Civil Veterinary Department. United Provinces 1912-22 - 1912-1922
Year: 1912
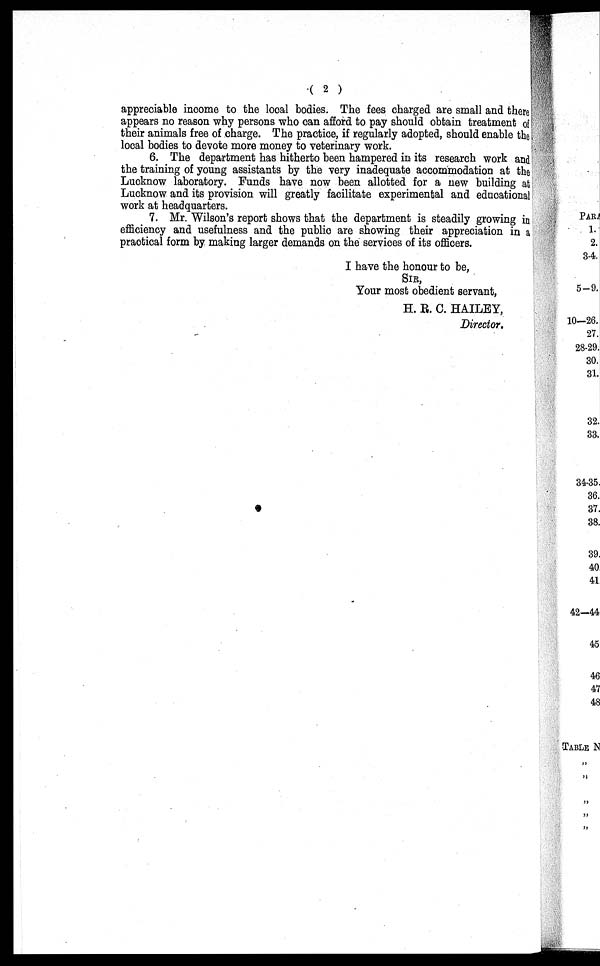
( 2 )
appreciable income to the local bodies. The fees charged are small and there
appears no reason why persons who can afford to pay should obtain treatment of
their animals free of charge. The practice, if regularly adopted, should enable the
local bodies to devote more money to veterinary work.
6. The department has hitherto been hampered in its research work and
the training of young assistants by the very inadequate accommodation at the
Lucknow laboratory. Funds have now been allotted for a new building at
Lucknow and its provision will greatly facilitate experimental and educational
work at headquarters.
7. Mr. Wilson's report shows that the department is steadily growing in
efficiency and usefulness and the public are showing their appreciation in a
practical form by making larger demands on the services of its officers.
I have the honour to be,
SIR,
Your most obedient servant,
H. R. C. HAILEY,
Director.